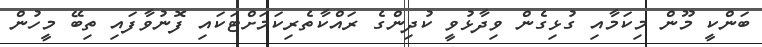
ބަންކީ މޫން މިކަމާއި ގުޅިގެން ވިދާޅުވީ ކުދިންގެ ރައްކާތެރިކަމަށްޓަކައި ފޮނުވާފައި ތިބޭ މީހުން